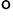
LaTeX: ^\mathsf{o}